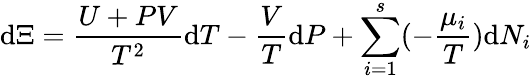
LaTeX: \mathrm{d}\Xi={\frac{{U+PV}}{{T^{2}}}}\mathrm{d}T-{\frac{{V}}{{T}}}\mathrm{d}P+\sum_{i=1}^{s}(-{\frac{{\mu_{i}}}{{T}}})\mathrm{d}N_{i}